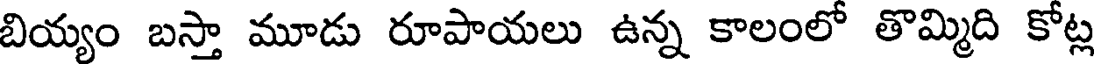
బియ్యం బస్తా మూడు రూపాయలు ఉన్న కాలంలో తొమ్మిది కోట్ల